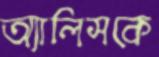
অ্যালিসকে